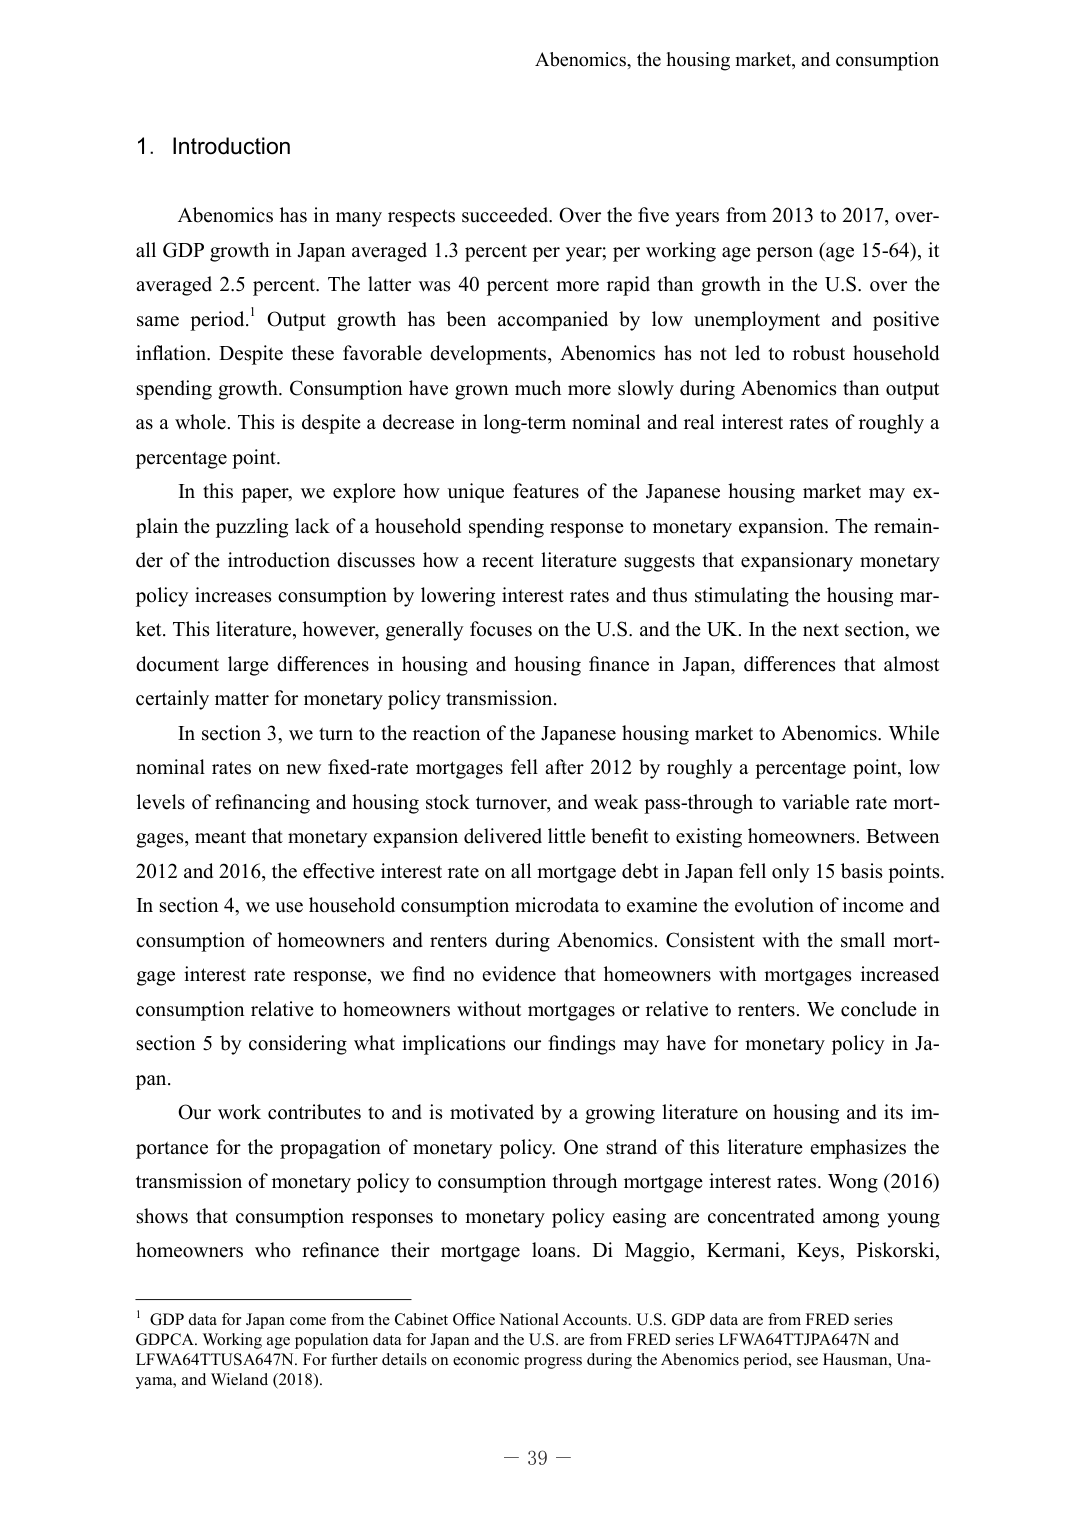
Abenomics, the housing market, and consumption

1. Introduction

Abenomics has in many respects succeeded. Over the five years from 2013 to 2017, overall GDP growth in Japan averaged 1.3 percent per year; per working age person (age 15-64), it averaged 2.5 percent. The latter was 40 percent more rapid than growth in the U.S. over the same period.¹ Output growth has been accompanied by low unemployment and positive inflation. Despite these favorable developments, Abenomics has not led to robust household spending growth. Consumption have grown much more slowly during Abenomics than output as a whole. This is despite a decrease in long-term nominal and real interest rates of roughly a percentage point.

In this paper, we explore how unique features of the Japanese housing market may explain the puzzling lack of a household spending response to monetary expansion. The remainder of the introduction discusses how a recent literature suggests that expansionary monetary policy increases consumption by lowering interest rates and thus stimulating the housing market. This literature, however, generally focuses on the U.S. and the UK. In the next section, we document large differences in housing and housing finance in Japan, differences that almost certainly matter for monetary policy transmission.

In section 3, we turn to the reaction of the Japanese housing market to Abenomics. While nominal rates on new fixed-rate mortgages fell after 2012 by roughly a percentage point, low levels of refinancing and housing stock turnover, and weak pass-through to variable rate mortgages, meant that monetary expansion delivered little benefit to existing homeowners. Between 2012 and 2016, the effective interest rate on all mortgage debt in Japan fell only 15 basis points. In section 4, we use household consumption microdata to examine the evolution of income and consumption of homeowners and renters during Abenomics. Consistent with the small mortgage interest rate response, we find no evidence that homeowners with mortgages increased consumption relative to homeowners without mortgages or relative to renters. We conclude in section 5 by considering what implications our findings may have for monetary policy in Japan.

Our work contributes to and is motivated by a growing literature on housing and its importance for the propagation of monetary policy. One strand of this literature emphasizes the transmission of monetary policy to consumption through mortgage interest rates. Wong (2016) shows that consumption responses to monetary policy easing are concentrated among young homeowners who refinance their mortgage loans. Di Maggio, Kermani, Keys, Piskorski,

¹ GDP data for Japan come from the Cabinet Office National Accounts. U.S. GDP data are from FRED series GDPCA. Working age population data for Japan and the U.S. are from FRED series LFWA64TTJPA647N and LFWA64TTUSA647N. For further details on economic progress during the Abenomics period, see Hausman, Unayama, and Wieland (2018).

— 39 —